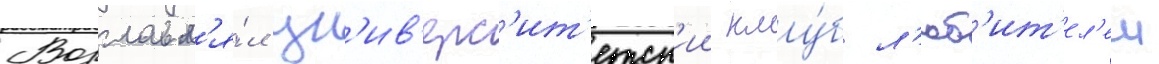
Возглавл'я́л ун'ив'ерс'ит'етск'ии клу́б л'юб'ит'ел'еи